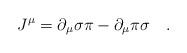
LaTeX: \begin{align*}J^{\mu}=\partial_{\mu}\sigma\pi-\partial_{\mu}\pi\sigma \quad.\end{align*}